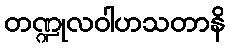
တဏ္ဍုလဝါဟသတာနိ